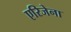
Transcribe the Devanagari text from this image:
एरिजेना